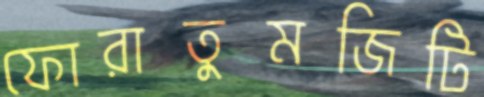
ফোরাতুমজিটি